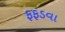
ફફડવા